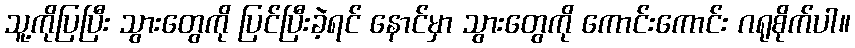
သူ့ကိုပြပြီး သွားတွေကို ပြင်ပြီးခဲ့ရင် နောင်မှာ သွားတွေကို ကောင်းကောင်း ဂရုစိုက်ပါ။